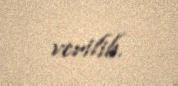
verilib.